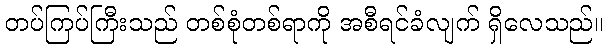
တပ်ကြပ်ကြီးသည် တစ်စုံတစ်ရာကို အစီရင်ခံလျက် ရှိလေသည်။